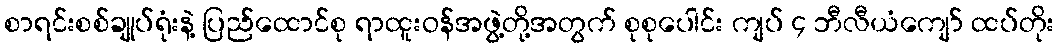
စာရင်းစစ်ချုပ်ရုံးနဲ့ ပြည်ထောင်စု ရာထူးဝန်အဖွဲ့တို့အတွက် စုစုပေါင်း ကျပ် ၄ ဘီလီယံကျော် ထပ်တိုး